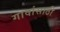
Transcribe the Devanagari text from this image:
गावांसाठी